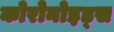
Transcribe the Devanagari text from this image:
कोरोनोइड्स